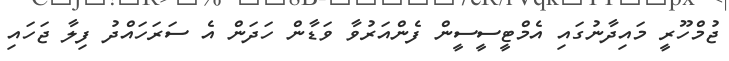
ޖުމްހޫރީ މައިދާނުގައި އެމްޓީސީސީން ފެންއަރުވާ ވަޑާން ހަދަން އެ ސަރަހައްދު ފިލާ ޖަހައި